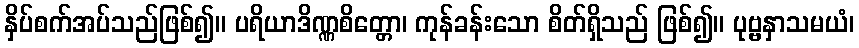
နှိပ်စက်အပ်သည်ဖြစ်၍။ ပရိယာဒိဏ္ဏစိတ္တော၊ ကုန်ခန်းသော စိတ်ရှိသည် ဖြစ်၍။ ပုဗ္ဗနှာသမယံ၊